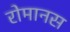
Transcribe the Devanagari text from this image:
रोमानस